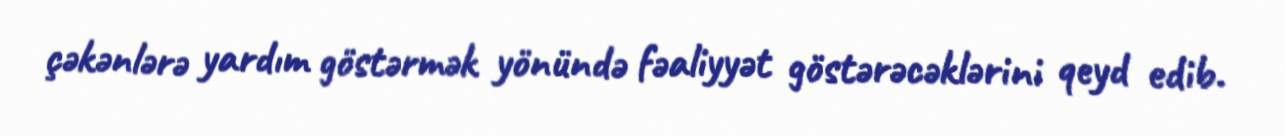
çəkənlərə yardım göstərmək yönündə fəaliyyət göstərəcəklərini qeyd edib.